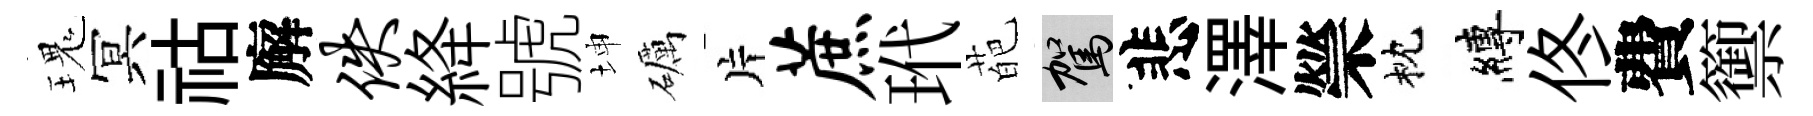
瑰冥祜廨佚絳號坤礪片蔗玳葩駕悲澤禜枕縛佟費籞